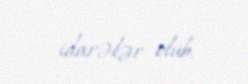
idarələr olub.